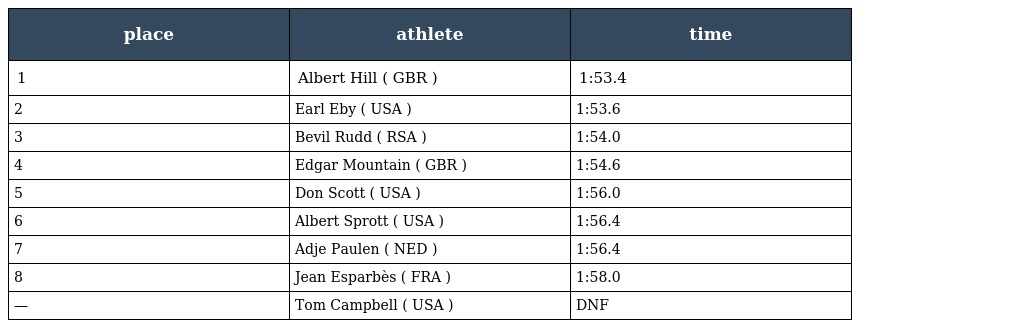
| place | athlete | time |
 | --- | --- | --- |
 | 1 | Albert Hill ( GBR ) | 1:53.4 |
 | 2 | Earl Eby ( USA ) | 1:53.6 |
 | 3 | Bevil Rudd ( RSA ) | 1:54.0 |
 | 4 | Edgar Mountain ( GBR ) | 1:54.6 |
 | 5 | Don Scott ( USA ) | 1:56.0 |
 | 6 | Albert Sprott ( USA ) | 1:56.4 |
 | 7 | Adje Paulen ( NED ) | 1:56.4 |
 | 8 | Jean Esparbès ( FRA ) | 1:58.0 |
 | — | Tom Campbell ( USA ) | DNF |